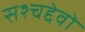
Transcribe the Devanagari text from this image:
सश्चद्देवो